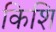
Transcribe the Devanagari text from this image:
किशि